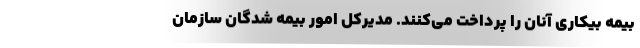
بیمه بیکاری آنان را پرداخت می‌کنند. مدیرکل امور بیمه شدگان سازمان